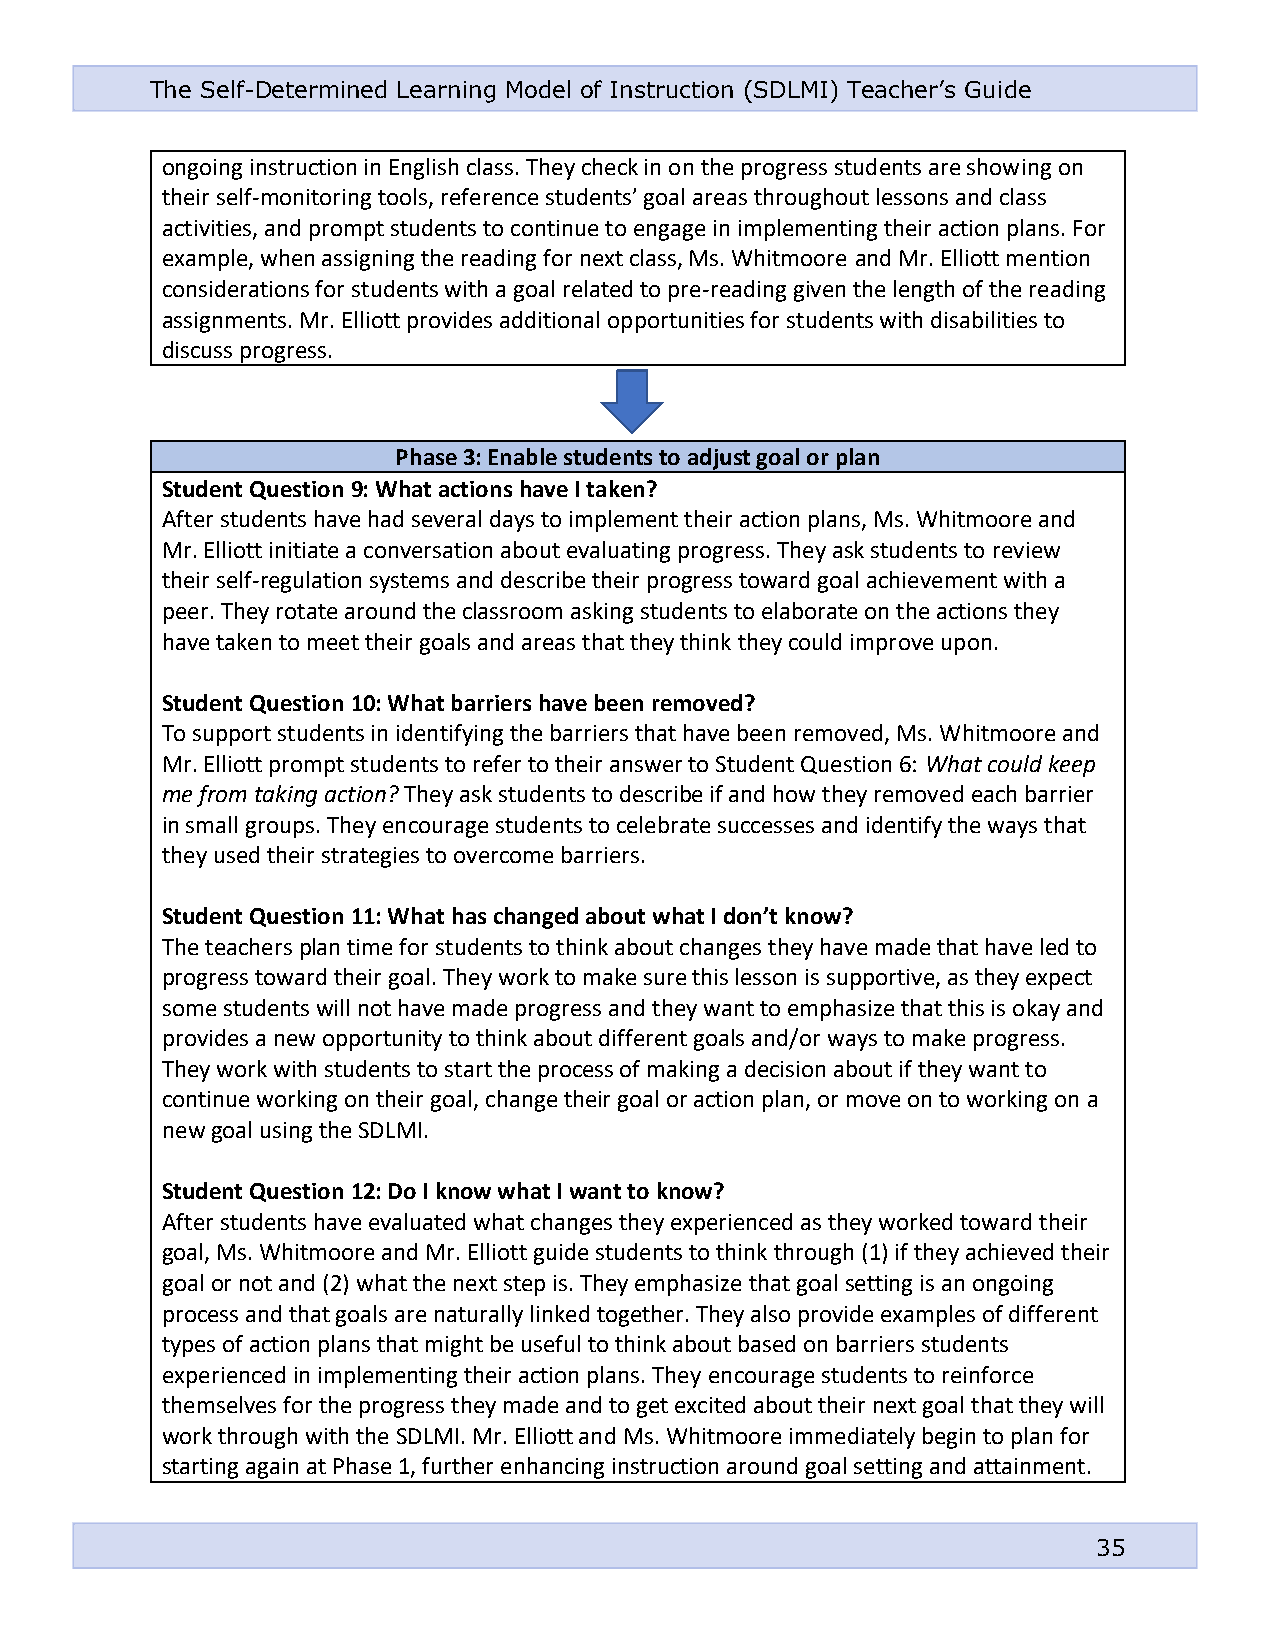
The Self-Determined Learning Model of Instruction (SDLMI) Teacher’s Guide
 ongoing instruction in English class. They check in on the progress students are showing on
 their self-monitoring tools, reference students’ goal areas throughout lessons and class
 activities, and prompt students to continue to engage in implementing their action plans. For
 example, when assigning the reading for next class, Ms. Whitmoore and Mr. Elliott mention
 considerations for students with a goal related to pre-reading given the length of the reading
 assignments. Mr. Elliott provides additional opportunities for students with disabilities to
 discuss progress.
 Phase 3: Enable students to adjust goal or plan
 Student Question 9: What actions have I taken?
 After students have had several days to implement their action plans, Ms. Whitmoore and
 Mr. Elliott initiate a conversation about evaluating progress. They ask students to review
 their self-regulation systems and describe their progress toward goal achievement with a
 peer. They rotate around the classroom asking students to elaborate on the actions they
 have taken to meet their goals and areas that they think they could improve upon.
 Student Question 10: What barriers have been removed?
 To support students in identifying the barriers that have been removed, Ms. Whitmoore and
 Mr. Elliott prompt students to refer to their answer to Student Question 6: What could keep
 me from taking action? They ask students to describe if and how they removed each barrier
 in small groups. They encourage students to celebrate successes and identify the ways that
 they used their strategies to overcome barriers.
 Student Question 11: What has changed about what I don’t know?
 The teachers plan time for students to think about changes they have made that have led to
 progress toward their goal. They work to make sure this lesson is supportive, as they expect
 some students will not have made progress and they want to emphasize that this is okay and
 provides a new opportunity to think about different goals and/or ways to make progress.
 They work with students to start the process of making a decision about if they want to
 continue working on their goal, change their goal or action plan, or move on to working on a
 new goal using the SDLMI.
 Student Question 12: Do I know what I want to know?
 After students have evaluated what changes they experienced as they worked toward their
 goal, Ms. Whitmoore and Mr. Elliott guide students to think through (1) if they achieved their
 goal or not and (2) what the next step is. They emphasize that goal setting is an ongoing
 process and that goals are naturally linked together. They also provide examples of different
 types of action plans that might be useful to think about based on barriers students
 experienced in implementing their action plans. They encourage students to reinforce
 themselves for the progress they made and to get excited about their next goal that they will
 work through with the SDLMI. Mr. Elliott and Ms. Whitmoore immediately begin to plan for
 starting again at Phase 1, further enhancing instruction around goal setting and attainment.
 35